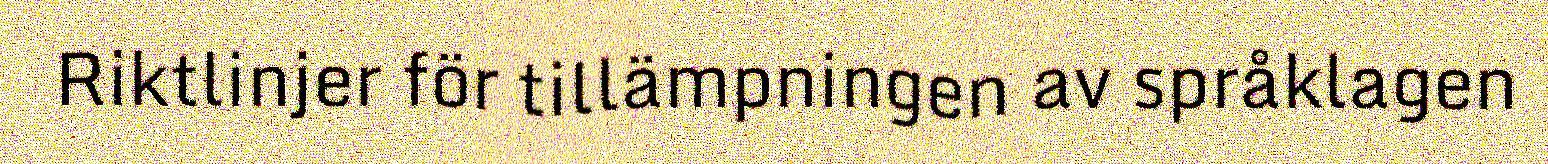
Riktlinjer för tillämpningen av språklagen